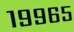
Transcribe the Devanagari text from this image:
१९९६५